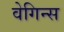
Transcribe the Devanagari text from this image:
वेगिन्स